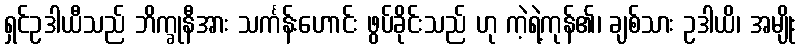
ရှင်ဥဒါယီသည် ဘိက္ခုနီအား သင်္ကန်းဟောင်း ဖွပ်ခိုင်းသည် ဟု ကဲ့ရဲ့ကုန်၏၊ ချစ်သား ဥဒါယိ၊ အမျိုး